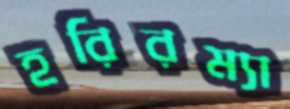
হরিরম্যা